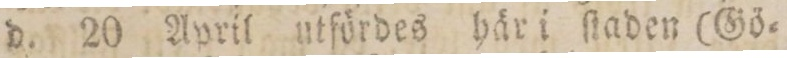
d. 20 April utfördes här i ſtaden (Gö=